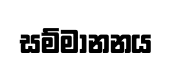
සම්මානනය